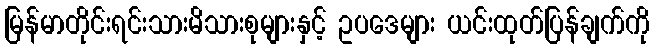
မြန်မာတိုင်းရင်းသားမိသားစုများနှင့် ဥပဒေများ ယင်းထုတ်ပြန်ချက်ကို